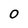
Character: O